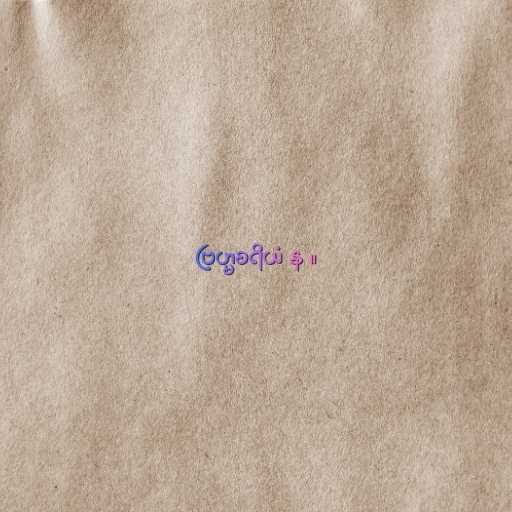
ဗြဟ္မစရိယံ န ။